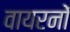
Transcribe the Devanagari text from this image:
वायरनों